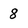
Character: 8